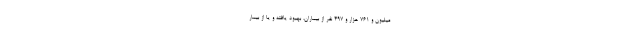
میلیون و ۷۶۱ هزار و ۴۹۷ نفر از بیماران، بهبود یافته و یا از بیمار